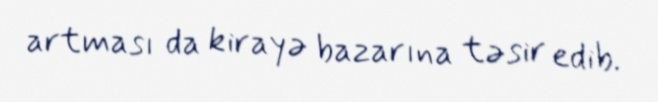
artması da kirayə bazarına təsir edib.